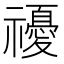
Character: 𥜚